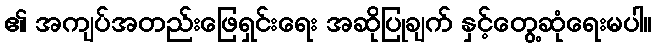
၏ အကျပ်အတည်းဖြေရှင်းရေး အဆိုပြုချက် နှင့်တွေ့ဆုံရေးမပါ။